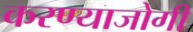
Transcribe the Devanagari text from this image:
करण्‍याजोगी